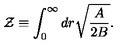
{ \cal Z } \equiv \int _ { 0 } ^ { \infty } d r \sqrt { { \frac { A } { 2 B } } } .